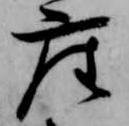
座